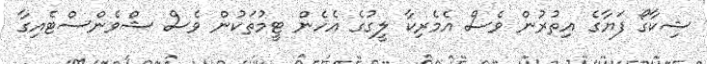
ޝިކާގޯ ފަޔާގެ އިތުރުން ވެސް އެމެރިކާ ލީގުގެ އެހެން ޓީމުތަކުން ވެސް ޝްވެންސްޓެއިގާ